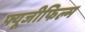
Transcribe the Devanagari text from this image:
फ्यूजीफिल्म